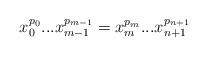
LaTeX: \begin{align*} x_0^{p_0}...x_{m-1}^{p_{m-1}}=x_{m}^{p_{m}}...x_{n+1}^{p_{n+1}} \end{align*}